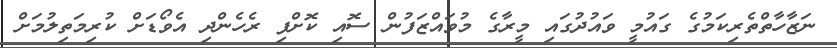
ނަޒާހާތްތެރިކަމުގެ ގައުމީ ވައުދުގައި މީރާގެ މުވައްޒަފުން ސޮއި ކޮށްފި ރެހެންދި އެވޯޑަށް ކުރިމަތިލުމަށް